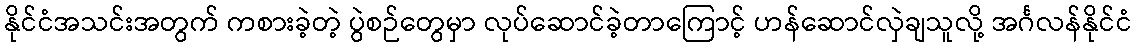
နိုင်ငံအသင်းအတွက် ကစားခဲ့တဲ့ ပွဲစဉ်တွေမှာ လုပ်ဆောင်ခဲ့တာကြောင့် ဟန်ဆောင်လှဲချသူလို့ အင်္ဂလန်နိုင်ငံ